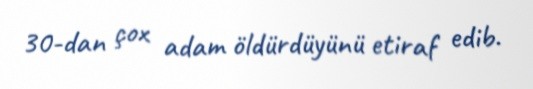
30-dan çox adam öldürdüyünü etiraf edib.